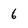
Character: 6